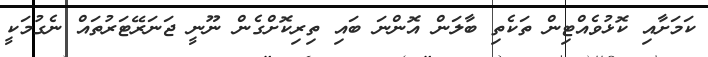
ކަމަށާއި ކޮޅުވެއްޓިން ތަކެތި ބާލަން އޮންނަ ބައި ތިރިކޮށްގެން ނޫނީ ޖަނަރޭޓަރުތައް ނެގުމަކީ